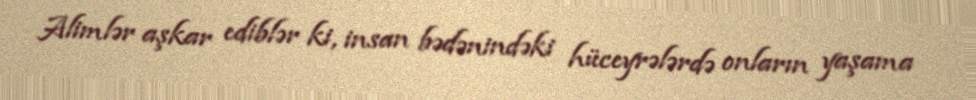
Alimlər aşkar ediblər ki, insan bədənindəki hüceyrələrdə onların yaşama